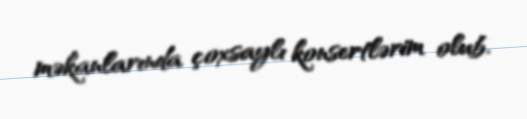
məkanlarında çoxsaylı konsertlərim olub.